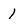
Character: 1